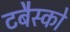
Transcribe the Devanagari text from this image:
टबैस्को